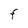
Character: F